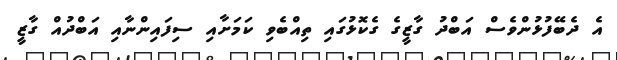
އެ ދެބޭފުޅުންވެސް އަބްދު ގާޒީގެ ގެކޮޅުގައި ތިއްބެވި ކަމަށާއި ސިފައިންނާއި އަބްދުއް ގާޒީ